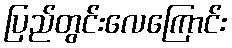
ပြည်တွင်းလေကြောင်း